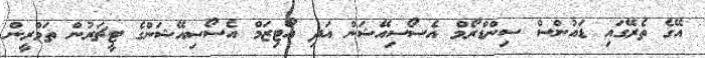
އޭގެ ތެރޭގައި ޑައުންސް ސިންޑްރޯމް އެސޯސިއޭޝަން އަދި އޯޓިޒަމް އެސޯސިއޭޝަންގެ ޓީޗަރުން ތަމްރީން